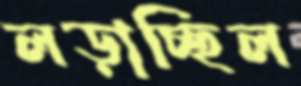
লড়াচ্ছিল